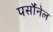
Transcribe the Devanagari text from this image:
पर्सौनेल